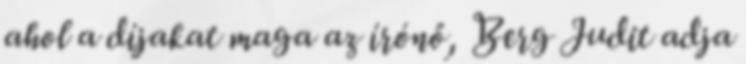
ahol a díjakat maga az írónő, Berg Judit adja